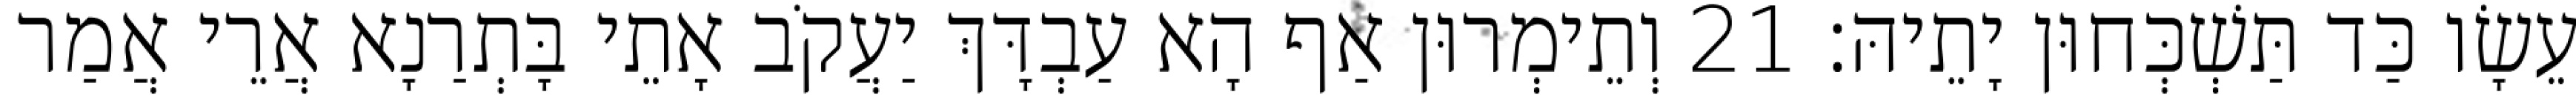
עֵשָׂו כַּד תַּשְׁכְּחוּן יָתֵיהּ׃ 21 וְתֵימְרוּן אַף הָא עַבְדָּךְ יַעֲקֹב אָתֵי בָּתְרַנָא אֲרֵי אֲמַר